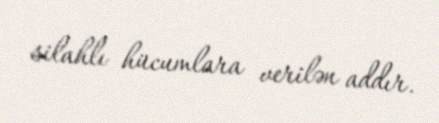
silahlı hücumlara verilən addır.